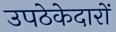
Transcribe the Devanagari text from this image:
उपठेकेदारों